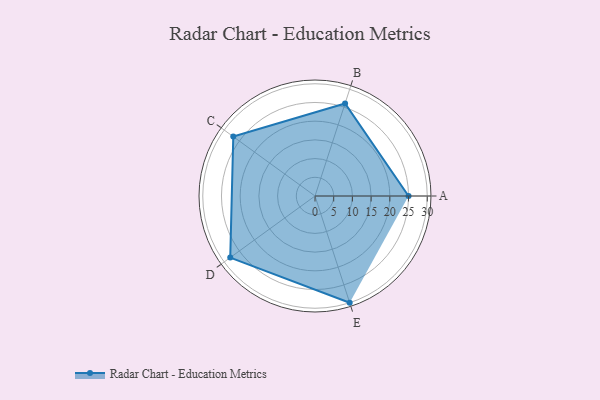
{"axis": {"x": "Skill", "y": "Score"}, "legend": ["Profile"], "data": [{"x": "A", "y": 25.0, "type": "Profile"}, {"x": "B", "y": 26.0, "type": "Profile"}, {"x": "C", "y": 27.0, "type": "Profile"}, {"x": "D", "y": 28.0, "type": "Profile"}, {"x": "E", "y": 30.0, "type": "Profile"}]}